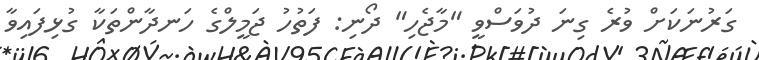
ގަރުނަކަށް ވުރެ ގިނަ ދުވަސްވީ "މާޖެހި" ދޯނި: ފަތުހު ޖަމީލްގެ ހަނދާންތަކާ ގުޅިފައިވާ